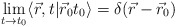
\begin{align*}\lim_{t \rightarrow t_0} \langle \vec{r}, t \vert\vec{r}_0t_0\rangle = \delta ( \vec{r}-\vec{r}_0)\end{align*}